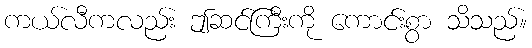
ကယ်လီကလည်း ဤဆင်ကြီးကို ကောင်းစွာ သိသည်။